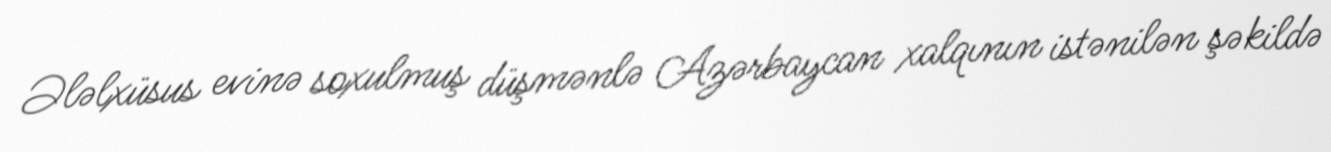
Ələlxüsus evinə soxulmuş düşmənlə Azərbaycan xalqının istənilən şəkildə